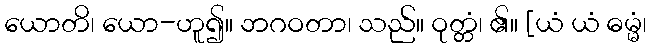
ယောတိ၊ ယော-ဟူ၍။ ဘဂဝတာ၊ သည်။ ဝုတ္တံ၊ ၏။ [ယံ ယံ ဓမ္မံ၊